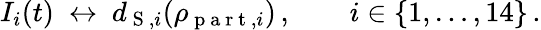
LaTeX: \begin{array}{r}{I_{i}(t)\ \leftrightarrow\ d_{\mathrm{~S~},i}(\rho_{\mathrm{~p~a~r~t~},i})\, ,\qquad i\in\{ 1,\dots,14\} \, .}\end{array}